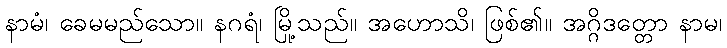
နာမံ၊ ခေမမည်သော။ နဂရံ၊ မြို့သည်။ အဟောသိ၊ ဖြစ်၏။ အဂ္ဂိဒတ္တော နာမ၊